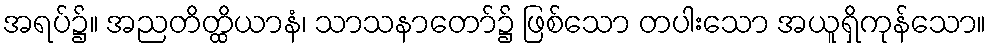
အရပ်၌။ အညတိတ္ထိယာနံ၊ သာသနာတော်၌ ဖြစ်သော တပါးသော အယူရှိကုန်သော။